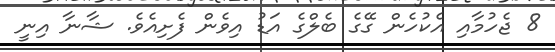
8 ޖެހުމާއި އެކުހެން ގޭގެ ބެލްގެ އަޑު އިވެން ފެށިއެވެ. ޝާނާ އިނީ